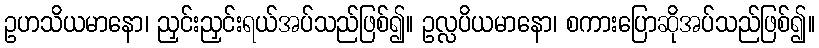
ဥဟသိယမာနော၊ ညှင်းညှင်းရယ်အပ်သည်ဖြစ်၍။ ဥလ္လပိယမာနော၊ စကားပြောဆိုအပ်သည်ဖြစ်၍။